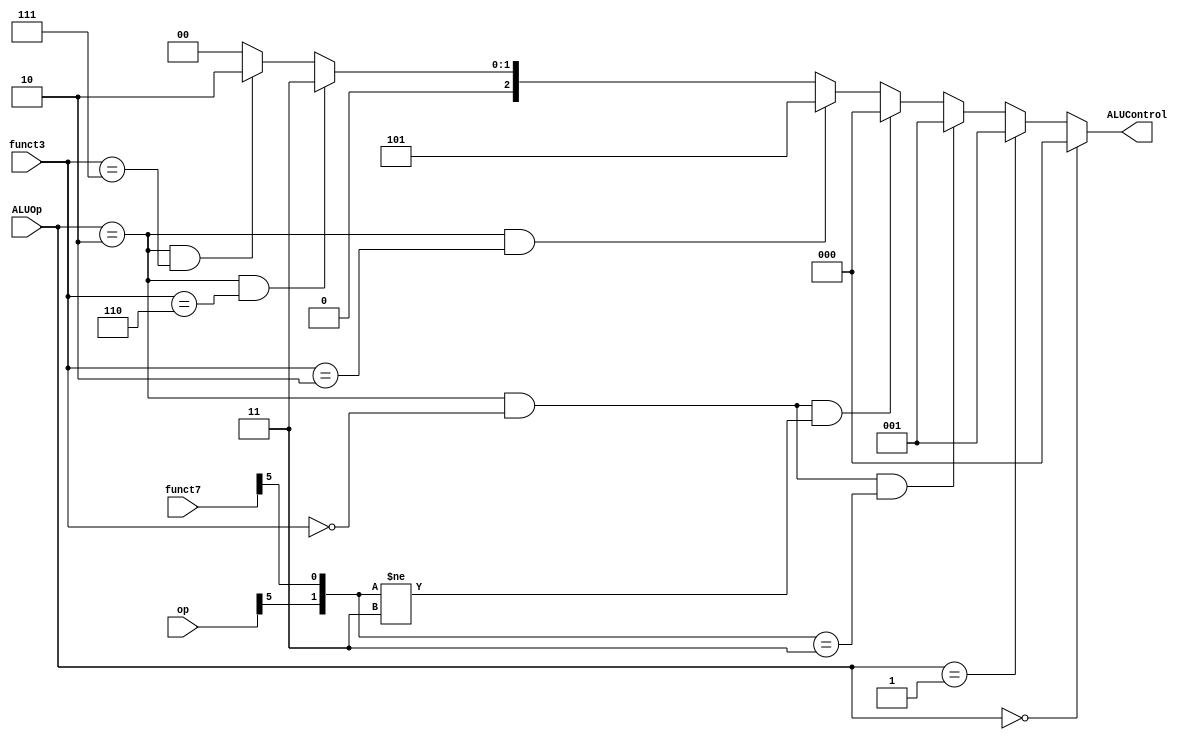
`timescale 1ns / 1ps
//////////////////////////////////////////////////////////////////////////////////
// Company: 
// Engineer: 
// 
// Design Name: 
// Module Name: alu_decoder
// Project Name: 
// Target Devices: 
// Tool Versions: 
// Description: 
// 
// Dependencies: 
// 
// Revision:
// Revision 0.01 - File Created
// Additional Comments:
// 
//////////////////////////////////////////////////////////////////////////////////

module ALU_Decoder(ALUOp,funct3,funct7,op,ALUControl);

    input [1:0]ALUOp;
    input [2:0]funct3;
    input [6:0]funct7,op;
    output [2:0]ALUControl;

    // Method 1 
    // assign ALUControl = (ALUOp == 2'b00) ? 3'b000 :
    //                     (ALUOp == 2'b01) ? 3'b001 :
    //                     (ALUOp == 2'b10) ? ((funct3 == 3'b000) ? ((({op[5],funct7[5]} == 2'b00) | ({op[5],funct7[5]} == 2'b01) | ({op[5],funct7[5]} == 2'b10)) ? 3'b000 : 3'b001) : 
    //                                         (funct3 == 3'b010) ? 3'b101 : 
    //                                         (funct3 == 3'b110) ? 3'b011 : 
    //                                         (funct3 == 3'b111) ? 3'b010 : 3'b000) :
    //                                        3'b000;

    // Method 2
    assign ALUControl = (ALUOp == 2'b00) ? 3'b000 :         //add (lw,sw)
                        (ALUOp == 2'b01) ? 3'b001 :         //sunstract (beq)
                        ((ALUOp == 2'b10) & (funct3 == 3'b000) & ({op[5],funct7[5]} == 2'b11)) ? 3'b001 : // Add (add)
                        ((ALUOp == 2'b10) & (funct3 == 3'b000) & ({op[5],funct7[5]} != 2'b11)) ? 3'b000 : //Substrate (sub)
                        ((ALUOp == 2'b10) & (funct3 == 3'b010)) ? 3'b101 :  //set less than (slt)
                        ((ALUOp == 2'b10) & (funct3 == 3'b110)) ? 3'b011 :  //or (or)
                        ((ALUOp == 2'b10) & (funct3 == 3'b111)) ? 3'b010 :  //and (and)
                                                                  3'b000 ;
endmodule